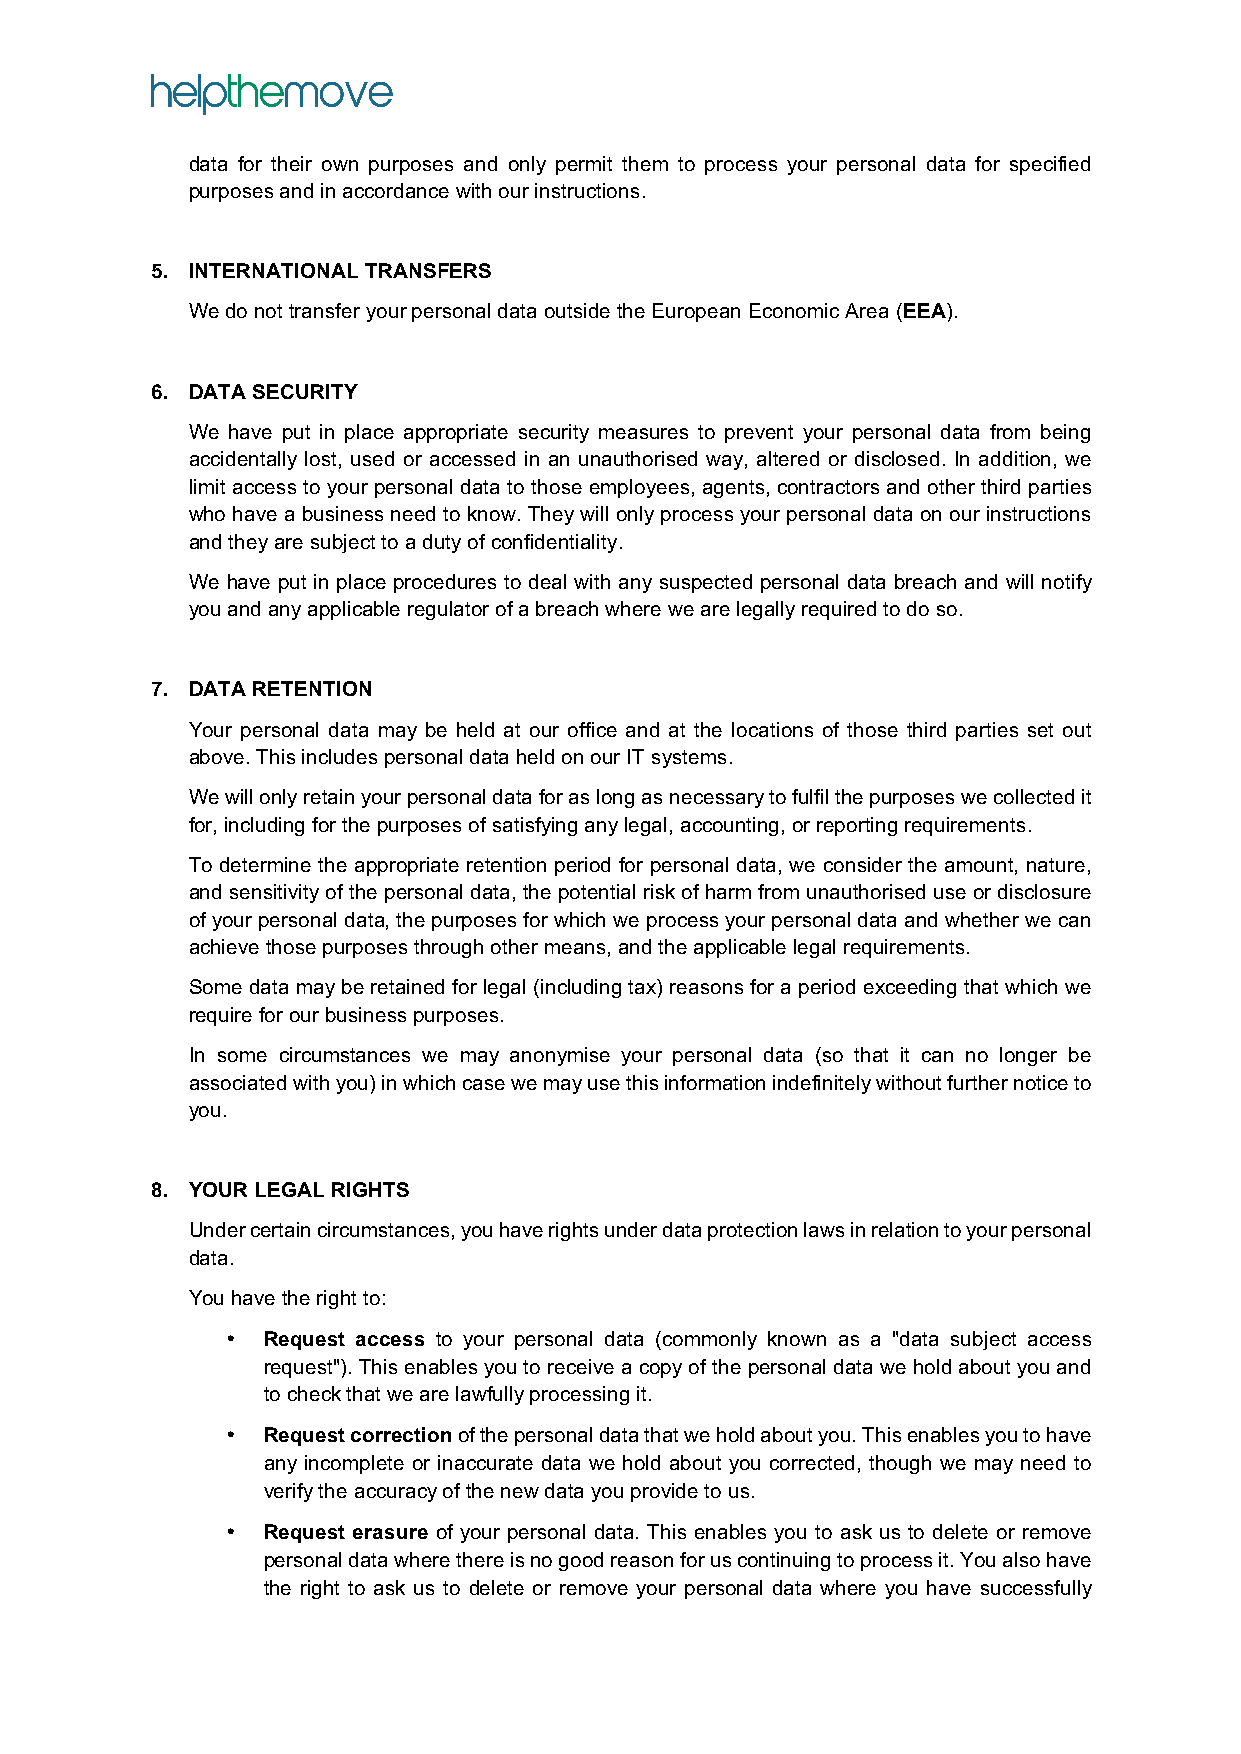
data for their own purposes and only permit them to process your personal data for specified
 purposes and in accordance with our instructions.
 5. INTERNATIONAL TRANSFERS
 We do not transfer your personal data outside the European Economic Area (EEA).
 6. DATA SECURITY
 We have put in place appropriate security measures to prevent your personal data from being
 accidentally lost, used or accessed in an unauthorised way, altered or disclosed. In addition, we
 limit access to your personal data to those employees, agents, contractors and other third parties
 who have a business need to know. They will only process your personal data on our instructions
 and they are subject to a duty of confidentiality.
 We have put in place procedures to deal with any suspected personal data breach and will notify
 you and any applicable regulator of a breach where we are legally required to do so.
 7. DATA RETENTION
 Your personal data may be held at our office and at the locations of those third parties set out
 above. This includes personal data held on our IT systems.
 We will only retain your personal data for as long as necessary to fulfil the purposes we collected it
 for, including for the purposes of satisfying any legal, accounting, or reporting requirements.
 To determine the appropriate retention period for personal data, we consider the amount, nature,
 and sensitivity of the personal data, the potential risk of harm from unauthorised use or disclosure
 of your personal data, the purposes for which we process your personal data and whether we can
 achieve those purposes through other means, and the applicable legal requirements.
 Some data may be retained for legal (including tax) reasons for a period exceeding that which we
 require for our business purposes.
 In some circumstances we may anonymise your personal data (so that it can no longer be
 associated with you) in which case we may use this information indefinitely without further notice to
 you.
 8. YOUR LEGAL RIGHTS
 Under certain circumstances, you have rights under data protection laws in relation to your personal
 data.
 You have the right to:
 • Request access to your personal data (commonly known as a "data subject access
 request"). This enables you to receive a copy of the personal data we hold about you and
 to check that we are lawfully processing it.
 • Request correction of the personal data that we hold about you. This enables you to have
 any incomplete or inaccurate data we hold about you corrected, though we may need to
 verify the accuracy of the new data you provide to us.
 • Request erasure of your personal data. This enables you to ask us to delete or remove
 personal data where there is no good reason for us continuing to process it. You also have
 the right to ask us to delete or remove your personal data where you have successfully